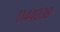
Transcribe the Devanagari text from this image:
११४४०३८